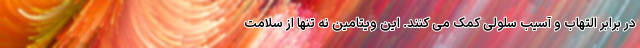
در برابر التهاب و آسیب سلولی کمک می کنند. این ویتامین نه تنها از سلامت